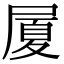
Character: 𭕥